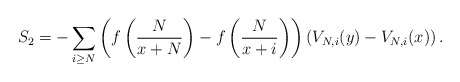
\begin{align*}S_2 = - \sum_{i \geq N} \left( f\left(\frac{N}{x+N}\right) - f\left(\frac{N}{x+i}\right) \right) \left(V_{N,i}(y) - V_{N,i}(x)\right). \end{align*}